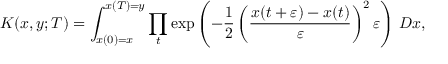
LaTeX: K ( x , y ; T ) = \int _ { x ( 0 ) = x } ^ { x ( T ) = y } \prod _ { t } \exp \left( - { \frac { 1 } { 2 } } \left( { \frac { x ( t + \varepsilon ) - x ( t ) } { \varepsilon } } \right) ^ { 2 } \varepsilon \right) \, D x ,